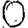
Digit: 0